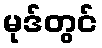
မုဒ်တွင်